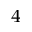
_ 4